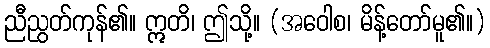
ညီညွတ်ကုန်၏။ ဣတိ၊ ဤသို့။ (အဝေါစ၊ မိန့်တော်မူ၏။)